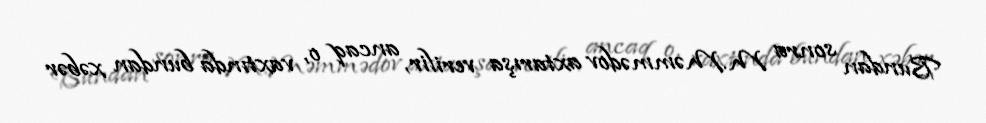
Bundan sonra M.Məmmədov axtarışa verilir, ancaq o, vaxtında bundan xəbər